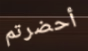
أحضرتم